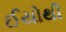
ઈયોથી